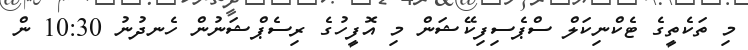
މި ތަކެތީގެ ޓެކްނިކަލް ސްޕެސިފިކޭޝަން މި އޮފީހުގެ ރިސެޕްޝަނުން ހެނދުނު 10:30 ން